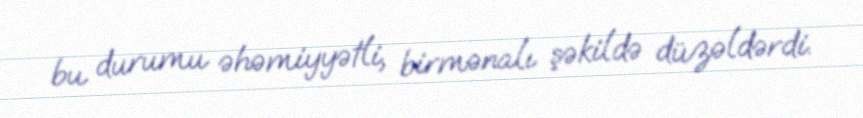
bu durumu əhəmiyyətli, birmənalı şəkildə düzəldərdi.